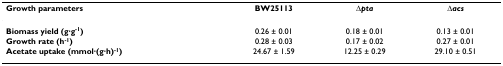
<table><thead><tr><td><b>Growth parameters</b></td><td><b>BW25113</b></td><td><b>Δ<i>pta</i></b></td><td><b>Δ<i>acs</i></b></td></tr></thead><tbody><tr><td><b>Biomass yield (g·g<sup>-1</sup>)</b></td><td>0.26 ± 0.01</td><td>0.18 ± 0.01</td><td>0.13 ± 0.01</td></tr><tr><td><b>Growth rate (h<sup>-1</sup>)</b></td><td>0.28 ± 0.03</td><td>0.17 ± 0.02</td><td>0.27 ± 0.01</td></tr><tr><td><b>Acetate uptake (mmol·(g·h)<sup>-1</sup>)</b></td><td>24.67 ± 1.59</td><td>12.25 ± 0.29</td><td>29.10 ± 0.51</td></tr></tbody></table>